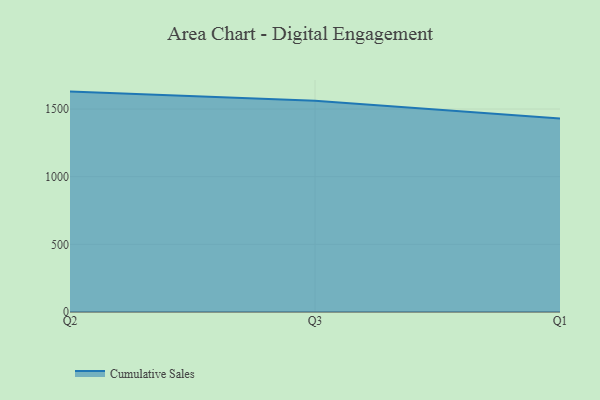
{"axis": {"x": "Quarter", "y": "Inventory Turnover"}, "legend": ["Cumulative Sales"], "data": [{"x": "Q2", "y": 1628.8, "type": "Cumulative Sales"}, {"x": "Q3", "y": 1560.5, "type": "Cumulative Sales"}, {"x": "Q1", "y": 1430.7, "type": "Cumulative Sales"}]}